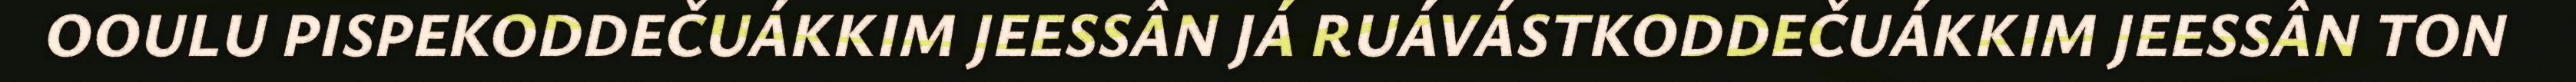
OOULU PISPEKODDEČUÁKKIM JEESSÂN JÁ RUÁVÁSTKODDEČUÁKKIM JEESSÂN TON